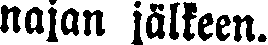
najan jälkeen.